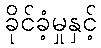
ခိုင်ခံ့မှုနှင့်